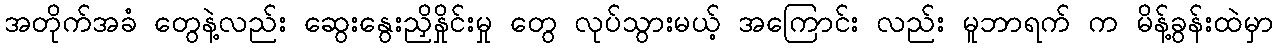
အတိုက်အခံ တွေနဲ့လည်း ဆွေးနွေးညှိနှိုင်းမှု တွေ လုပ်သွားမယ့် အကြောင်း လည်း မူဘာရက် က မိန့်ခွန်းထဲမှာ